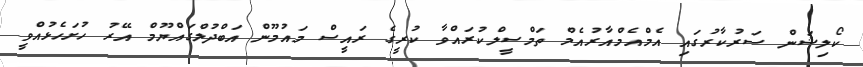
ކޯލިޝަން ސަރުކާރުގައި އެމްއެމްއާރުއެމް ތަމްސީލްކުރައްވާ ކުރީގެ ރައީސް މައުމޫން އަބްދުލްގައްޔޫމް އޭރު ހުށަހެޅުއްވީ